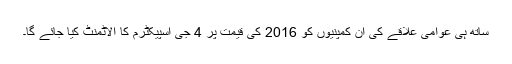
ساتھ ہی عوامی علاقے کی ان کمپنیوں کو 2016 کی قیمت پر 4 جی اسپیکٹرم کا الاٹمنٹ کیا جائے گا۔